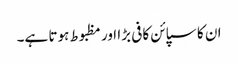
ان کا سپائن کافی بڑا اور مظبوط ہوتا ہے۔